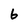
Character: 6